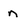
Character: n